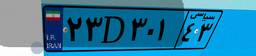
۲۳D۳۰۱۴۳